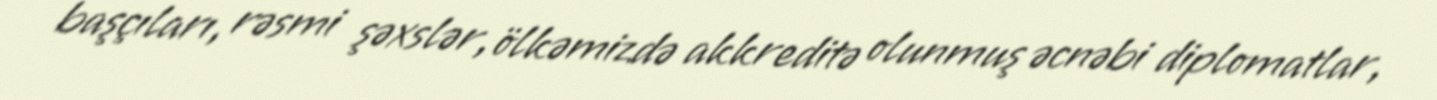
başçıları, rəsmi şəxslər, ölkəmizdə akkreditə olunmuş əcnəbi diplomatlar,